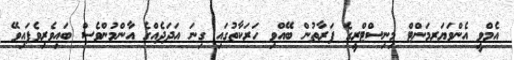
އެމްވީ އެންވަޔަރމަންޓް މިނިސްޓްރީގެ ފަރާތުން ބޭއްވި ހަރަކާތުގައި ގިނަ އަދަދެއްގެ އާންމުންވެސް ބައިވެރިވެފައިވޭ